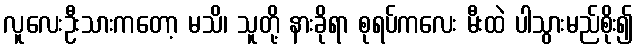
လူလေးဦးသားကတော့ မသိ၊ သူတို့ နားခိုရာ စုရပ်ကလေး မီးထဲ ပါသွားမည်စိုး၍